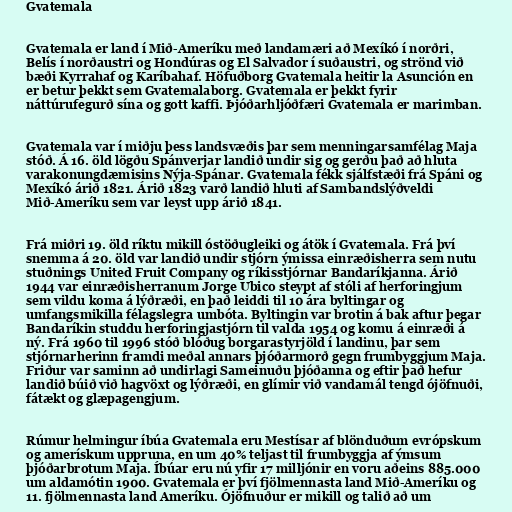
Gvatemala

Gvatemala er land í Mið-Ameríku með landamæri að Mexíkó í norðri,
Belís í norðaustri og Hondúras og El Salvador í suðaustri, og strönd við
bæði Kyrrahaf og Karíbahaf. Höfuðborg Gvatemala heitir la Asunción en
er betur þekkt sem Gvatemalaborg. Gvatemala er þekkt fyrir
náttúrufegurð sína og gott kaffi. Þjóðarhljóðfæri Gvatemala er marimban.

Gvatemala var í miðju þess landsvæðis þar sem menningarsamfélag Maja
stóð. Á 16. öld lögðu Spánverjar landið undir sig og gerðu það að hluta
varakonungdæmisins Nýja-Spánar. Gvatemala fékk sjálfstæði frá Spáni og
Mexíkó árið 1821. Árið 1823 varð landið hluti af Sambandslýðveldi
Mið-Ameríku sem var leyst upp árið 1841.

Frá miðri 19. öld ríktu mikill óstöðugleiki og átök í Gvatemala. Frá því
snemma á 20. öld var landið undir stjórn ýmissa einræðisherra sem nutu
stuðnings United Fruit Company og ríkisstjórnar Bandaríkjanna. Árið
1944 var einræðisherranum Jorge Ubico steypt af stóli af herforingjum
sem vildu koma á lýðræði, en það leiddi til 10 ára byltingar og
umfangsmikilla félagslegra umbóta. Byltingin var brotin á bak aftur þegar
Bandaríkin studdu herforingjastjórn til valda 1954 og komu á einræði á
ný. Frá 1960 til 1996 stóð blóðug borgarastyrjöld í landinu, þar sem
stjórnarherinn framdi meðal annars þjóðarmorð gegn frumbyggjum Maja.
Friður var saminn að undirlagi Sameinuðu þjóðanna og eftir það hefur
landið búið við hagvöxt og lýðræði, en glímir við vandamál tengd ójöfnuði,
fátækt og glæpagengjum.

Rúmur helmingur íbúa Gvatemala eru Mestísar af blönduðum evrópskum
og amerískum uppruna, en um 40% teljast til frumbyggja af ýmsum
þjóðarbrotum Maja. Íbúar eru nú yfir 17 milljónir en voru aðeins 885.000
um aldamótin 1900. Gvatemala er því fjölmennasta land Mið-Ameríku og
11. fjölmennasta land Ameríku. Ójöfnuður er mikill og talið að um